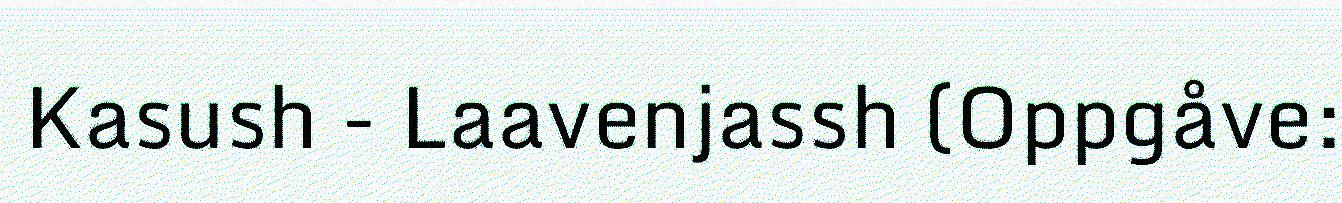
Kasush - Laavenjassh (Oppgåve: